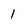
Character: 1